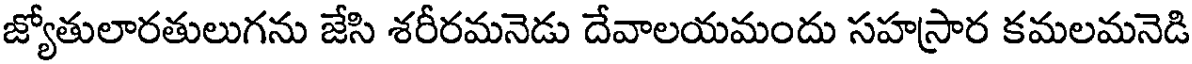
జ్యోతులారతులుగను జేసి శరీరమనెడు దేవాలయమందు సహస్రార కమలమనెడి